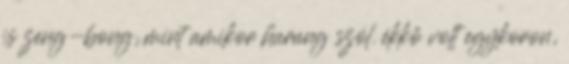
is zeng-bong, mint amikor harang szól. ékkő volt egykoron,